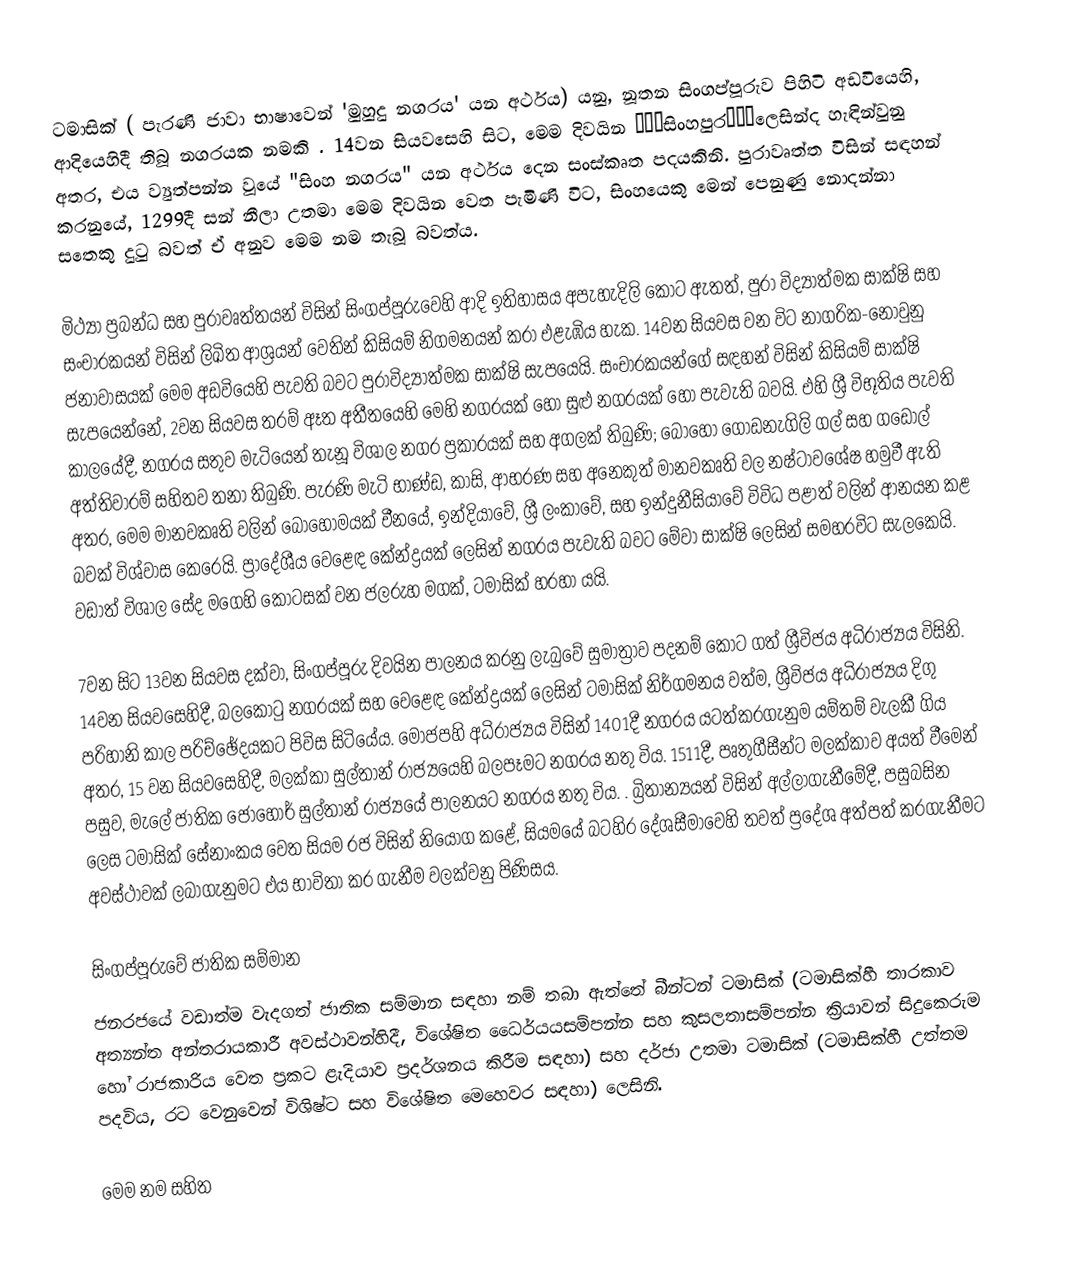
ටමාසික් (  පැරණි ජාවා භාෂාවෙන් 'මුහුදු නගරය' යන අර්ථය) යනු, නූතන සිංගප්පූරුව පිහිටි අඩවියෙහි,  ආදියෙහිදී තිබූ නගරයක නමකි . 14වන සියවසෙහි සිට, මෙම දිවයින ‘‘‘සිංහපුර‘‘‘ලෙසින්ද හැඳින්වුනු අතර, එය ව්‍යුත්පන්න වූයේ "සිංහ නගරය" යන අර්ථය දෙන සංස්කෘත පදයකිනි. පුරාවෘත්ත විසින් සඳහන් කරනුයේ,  1299දී සන් නීලා උතමා මෙම දිවයින වෙත පැමිණි විට, සිංහයෙකු මෙන් පෙනුණු නොදන්නා සතෙකු දුටු බවත් ඒ අනුව මෙම නම තැබූ බවත්ය.

මිථ්‍යා ප්‍රබන්ධ සහ පුරාවෘත්තයන් විසින් සිංගප්පූරුවෙහි ආදි ඉතිහාසය අපැහැදිලි කොට ඇතත්, පුරා විද්‍යාත්මක සාක්ෂි සහ සංචාරකයන් විසින් ලිඛිත ආශ්‍රයන් වෙතින් කිසියම් නිගමනයන් කරා එළැඹිය හැක. 14වන සියවස වන විට නාගරික-නොවුනු ජනාවාසයක් මෙම අඩවියෙහි පැවති බවට පුරාවිද්‍යාත්මක සාක්ෂි සැපයෙයි. සංචාරකයන්ගේ සඳහන් විසින් කිසියම් සාක්ෂි සැපයෙන්නේ, 2වන සියවස තරම් ඈත අතීතයෙහි මෙහි නගරයක් හෝ සුළු නගරයක් හෝ පැවැති බවයි. එහි ශ්‍රී විභූතිය පැවති කාලයේදී, නගරය සතුව මැටියෙන් තැනූ විශාල නගර ප්‍රකාරයක් සහ අගලක් තිබුණි; බොහෝ ගොඩනැගිලි ගල් සහ ගඩොල් අත්තිවාරම් සහිතව තනා තිබුණි. පැරණි මැටි භාණ්ඩ, කාසි, ආභරණ සහ අනෙකුත් මානවකෘති වල නෂ්ටාවශේෂ හමුවී ඇති අතර, මෙම මානවකෘති වලින් බොහෝමයක් චීනයේ, ඉන්දියාවේ, ශ්‍රී ලංකාවේ, සහ ඉන්දුනීසියාවේ විවිධ පළාත් වලින් ආනයන කළ බවක් විශ්වාස කෙරෙයි. ප්‍රාදේශීය වෙළෙඳ කේන්ද්‍රයක් ලෙසින් නගරය පැවැති බවට මේවා සාක්ෂි ලෙසින් සමහරවිට සැලකෙයි. වඩාත් විශාල සේද මගෙහි කොටසක් වන ජලරුහ මගක්, ටමාසික් හරහා යයි.

7වන සිට 13වන සියවස දක්වා, සිංගප්පූරු දිවයින පාලනය කරනු ලැබුවේ සුමාත්‍රාව පදනම් කොට ගත් ශ්‍රීවිජය අධිරාජ්‍යය විසිනි. 14වන සියවසෙහිදී, බලකොටු නගරයක් සහ වෙළෙඳ කේන්ද්‍රයක් ලෙසින් ටමාසික් නිර්ගමනය වත්ම, ශ්‍රීවිජය අධිරාජ්‍යය දිගු පරිහානි කාල පරිච්ඡේදයකට පිවිස සිටියේය. මෝජපහි අධිරාජ්‍යය විසින් 1401දී නගරය යටත්කරගැනුම යම්තම් වැලකී ගිය අතර,  15 වන සියවසෙහිදී, මලක්කා සුල්තාන් රාජ්‍යයෙහි බලපෑමට නගරය නතු විය. 1511දී, පෘතුගීසීන්ට මලක්කාව අයත් වීමෙන් පසුව, මැලේ ජාතික  ජොහෝර් සුල්තාන් රාජ්‍යයේ පාලනයට නගරය නතු විය. .  බ්‍රිතාන්‍යයන් විසින් අල්ලාගැනීමේදී, පසුබසින ලෙස ටමාසික් සේනාංකය වෙත සියම රජ විසින් නියෝග කළේ, සියමයේ බටහිර දේශසීමාවෙහි තවත් ප්‍රදේශ අත්පත් කරගැනීමට අවස්ථාවක් ලබාගැනුමට එය භාවිතා කර ගැනීම වලක්වනු පිණිසය.

සිංගප්පූරුවේ ජාතික සම්මාන
ජනරජයේ වඩාත්ම වැදගත් ජාතික සම්මාන සඳහා නම් තබා ඇත්තේ බීන්ටන් ටමාසික් (ටමාසික්හී තාරකාව අත්‍යන්ත අන්තරායකාරී අවස්ථාවන්හිදී, විශේෂිත ධෛර්යයසම්පන්න සහ කුසලතාසම්පන්න ක්‍රියාවන් සිදුකෙරුම හෝ  රාජකාරිය වෙත ප්‍රකට ළැදියාව ප්‍රදර්ශනය කිරීම සඳහා) සහ දර්ජා උතමා ටමාසික් (ටමාසික්හී උත්තම පදවිය, රට වෙනුවෙන් විශිෂ්ට සහ විශේෂිත මෙහෙවර සඳහා) ලෙසිනි.

මෙම නම සහිත